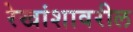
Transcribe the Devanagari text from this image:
रेखांशावरील